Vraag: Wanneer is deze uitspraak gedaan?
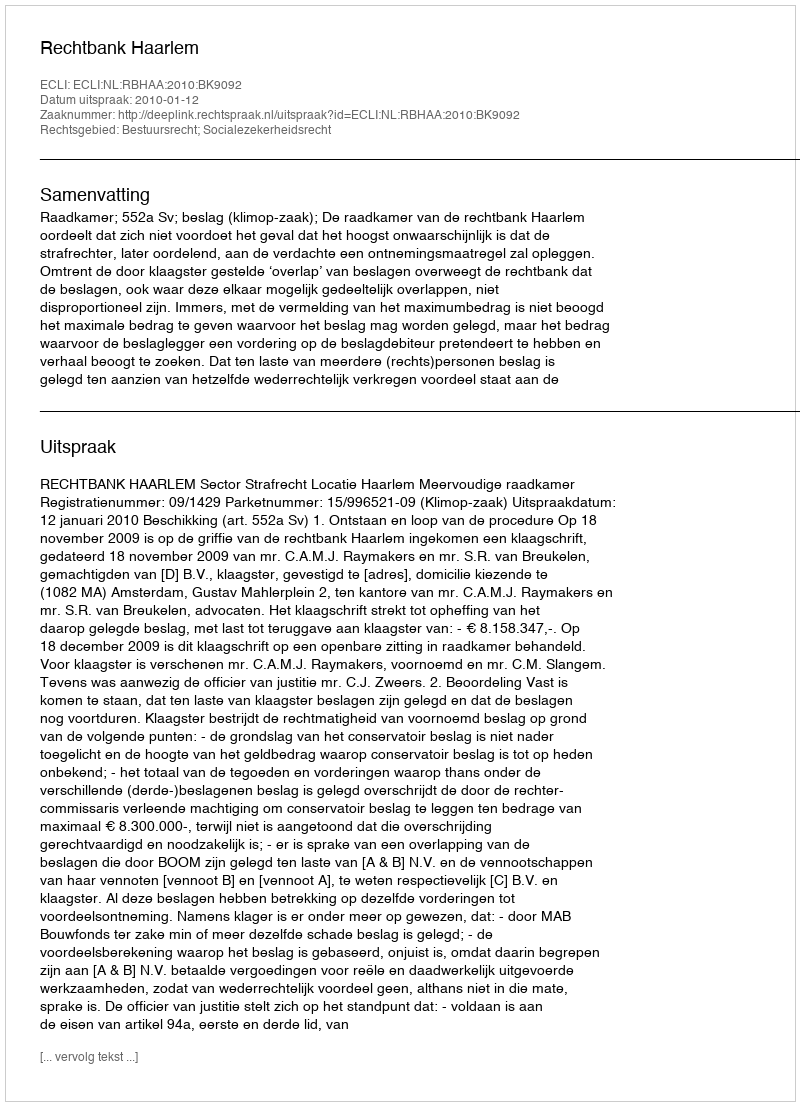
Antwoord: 2010-01-12